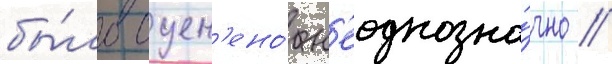
бы́ло оцен'ено́ н'еоднозна́чно //